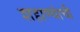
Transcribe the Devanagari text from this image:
शहाण्यांची